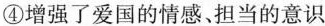
④增强了爱国的情感、担当的意识